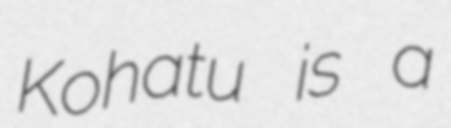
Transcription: Kohatu is a